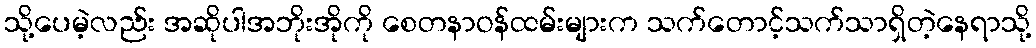
သို့ပေမဲ့လည်း အဆိုပါအဘိုးအိုကို စေတနာဝန်ထမ်းများက သက်တောင့်သက်သာရှိတဲ့နေရာသို့